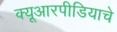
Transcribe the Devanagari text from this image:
क्यूआरपीडियाचे